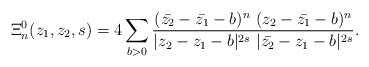
\begin{align*}\Xi_n^{0}(z_1,z_2, s)=4\sum_{ b> 0}\frac{(\bar{z_2}-\bar{z_1}-b)^n~(z_2-\bar{z_1}-b)^n}{|z_2-z_1-b|^{2s}~|\bar{z_2}-z_1-b|^{2s}}. \end{align*}